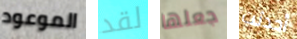
الموعود لقد جعلها أحدثت